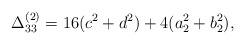
LaTeX: \begin{align*}\Delta_{33}^{(2)}= 16(c^{2}+d^{2})+4(a_{2}^{2}+b_{2}^{2}),\end{align*}